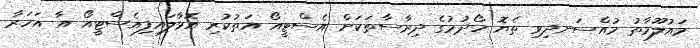
މައުލޫމާތު މުއްސަނދިވި ތެޔޮ ހޯދުމުގެ ދިރާސާތަކަށް އެސްޓީއޯ އަތުކުރި އޮޅާލައިފިއެސްޓީއޯ އާ އަހަރާ